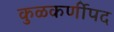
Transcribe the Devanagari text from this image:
कुळकर्णीपद